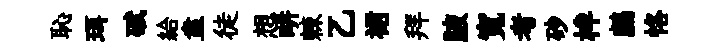
恥珥碔給盍徒想畊棘乙裙拜腋寬考砂柈鸕恪